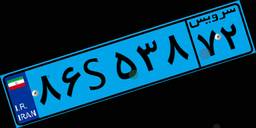
۸۶S۵۳۸۷۲